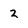
Character: 2